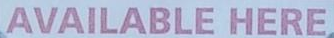
AVAILABLE HERE